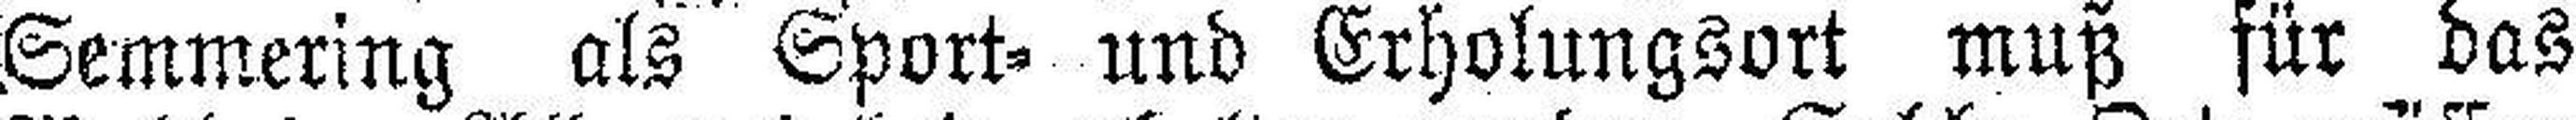
Semmering als Sport= und Erholungsort muß für das